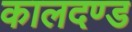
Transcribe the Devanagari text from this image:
कालदण्ड